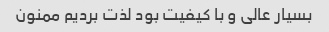
بسیار عالی و با کیفیت بود لذت بردیم ممنون